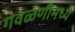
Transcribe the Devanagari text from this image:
गवळणीमध्ये